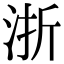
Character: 浙